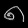
Digit: ၈